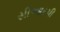
સીઆરપી